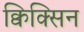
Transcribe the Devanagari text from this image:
क्विक्सिन